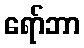
ရော်ဘာ